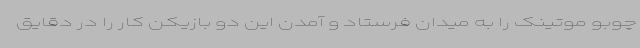
چوبو موتینک را به میدان فرستاد و آمدن این دو بازیکن کار را در دقایق